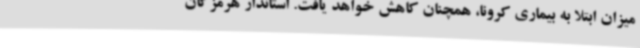
میزان ابتلا به بیماری کرونا، همچنان کاهش خواهد یافت. استاندار هرمزگان